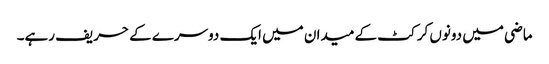
ماضی میں دونوں کرکٹ کے میدان میں ایک دوسرے کے حریف رہے۔